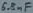
Text: 6.8nF